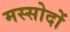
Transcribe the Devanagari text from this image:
मस्सोदों